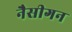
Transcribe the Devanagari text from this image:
नैसीगन